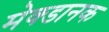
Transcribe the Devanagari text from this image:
मेक्डानक